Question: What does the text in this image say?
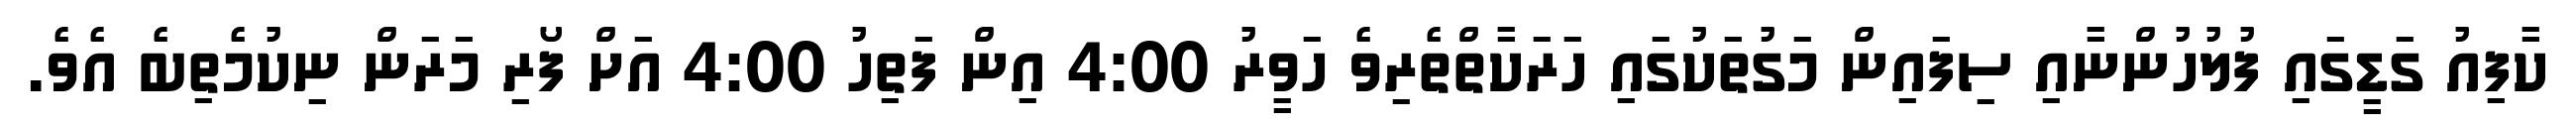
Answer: ކާފިއު ގަޑީގައި ފުލުހުންނާއި ސިފައިން މަގުތަކުގައި ހަރަކާތްތެރިވެ ހަވީރު 4:00 އިން ފަތިހު 4:00 އަށް ފޯރި މަރަން ނިކުމެތިބެ އެވެ.